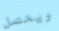
ويحصل